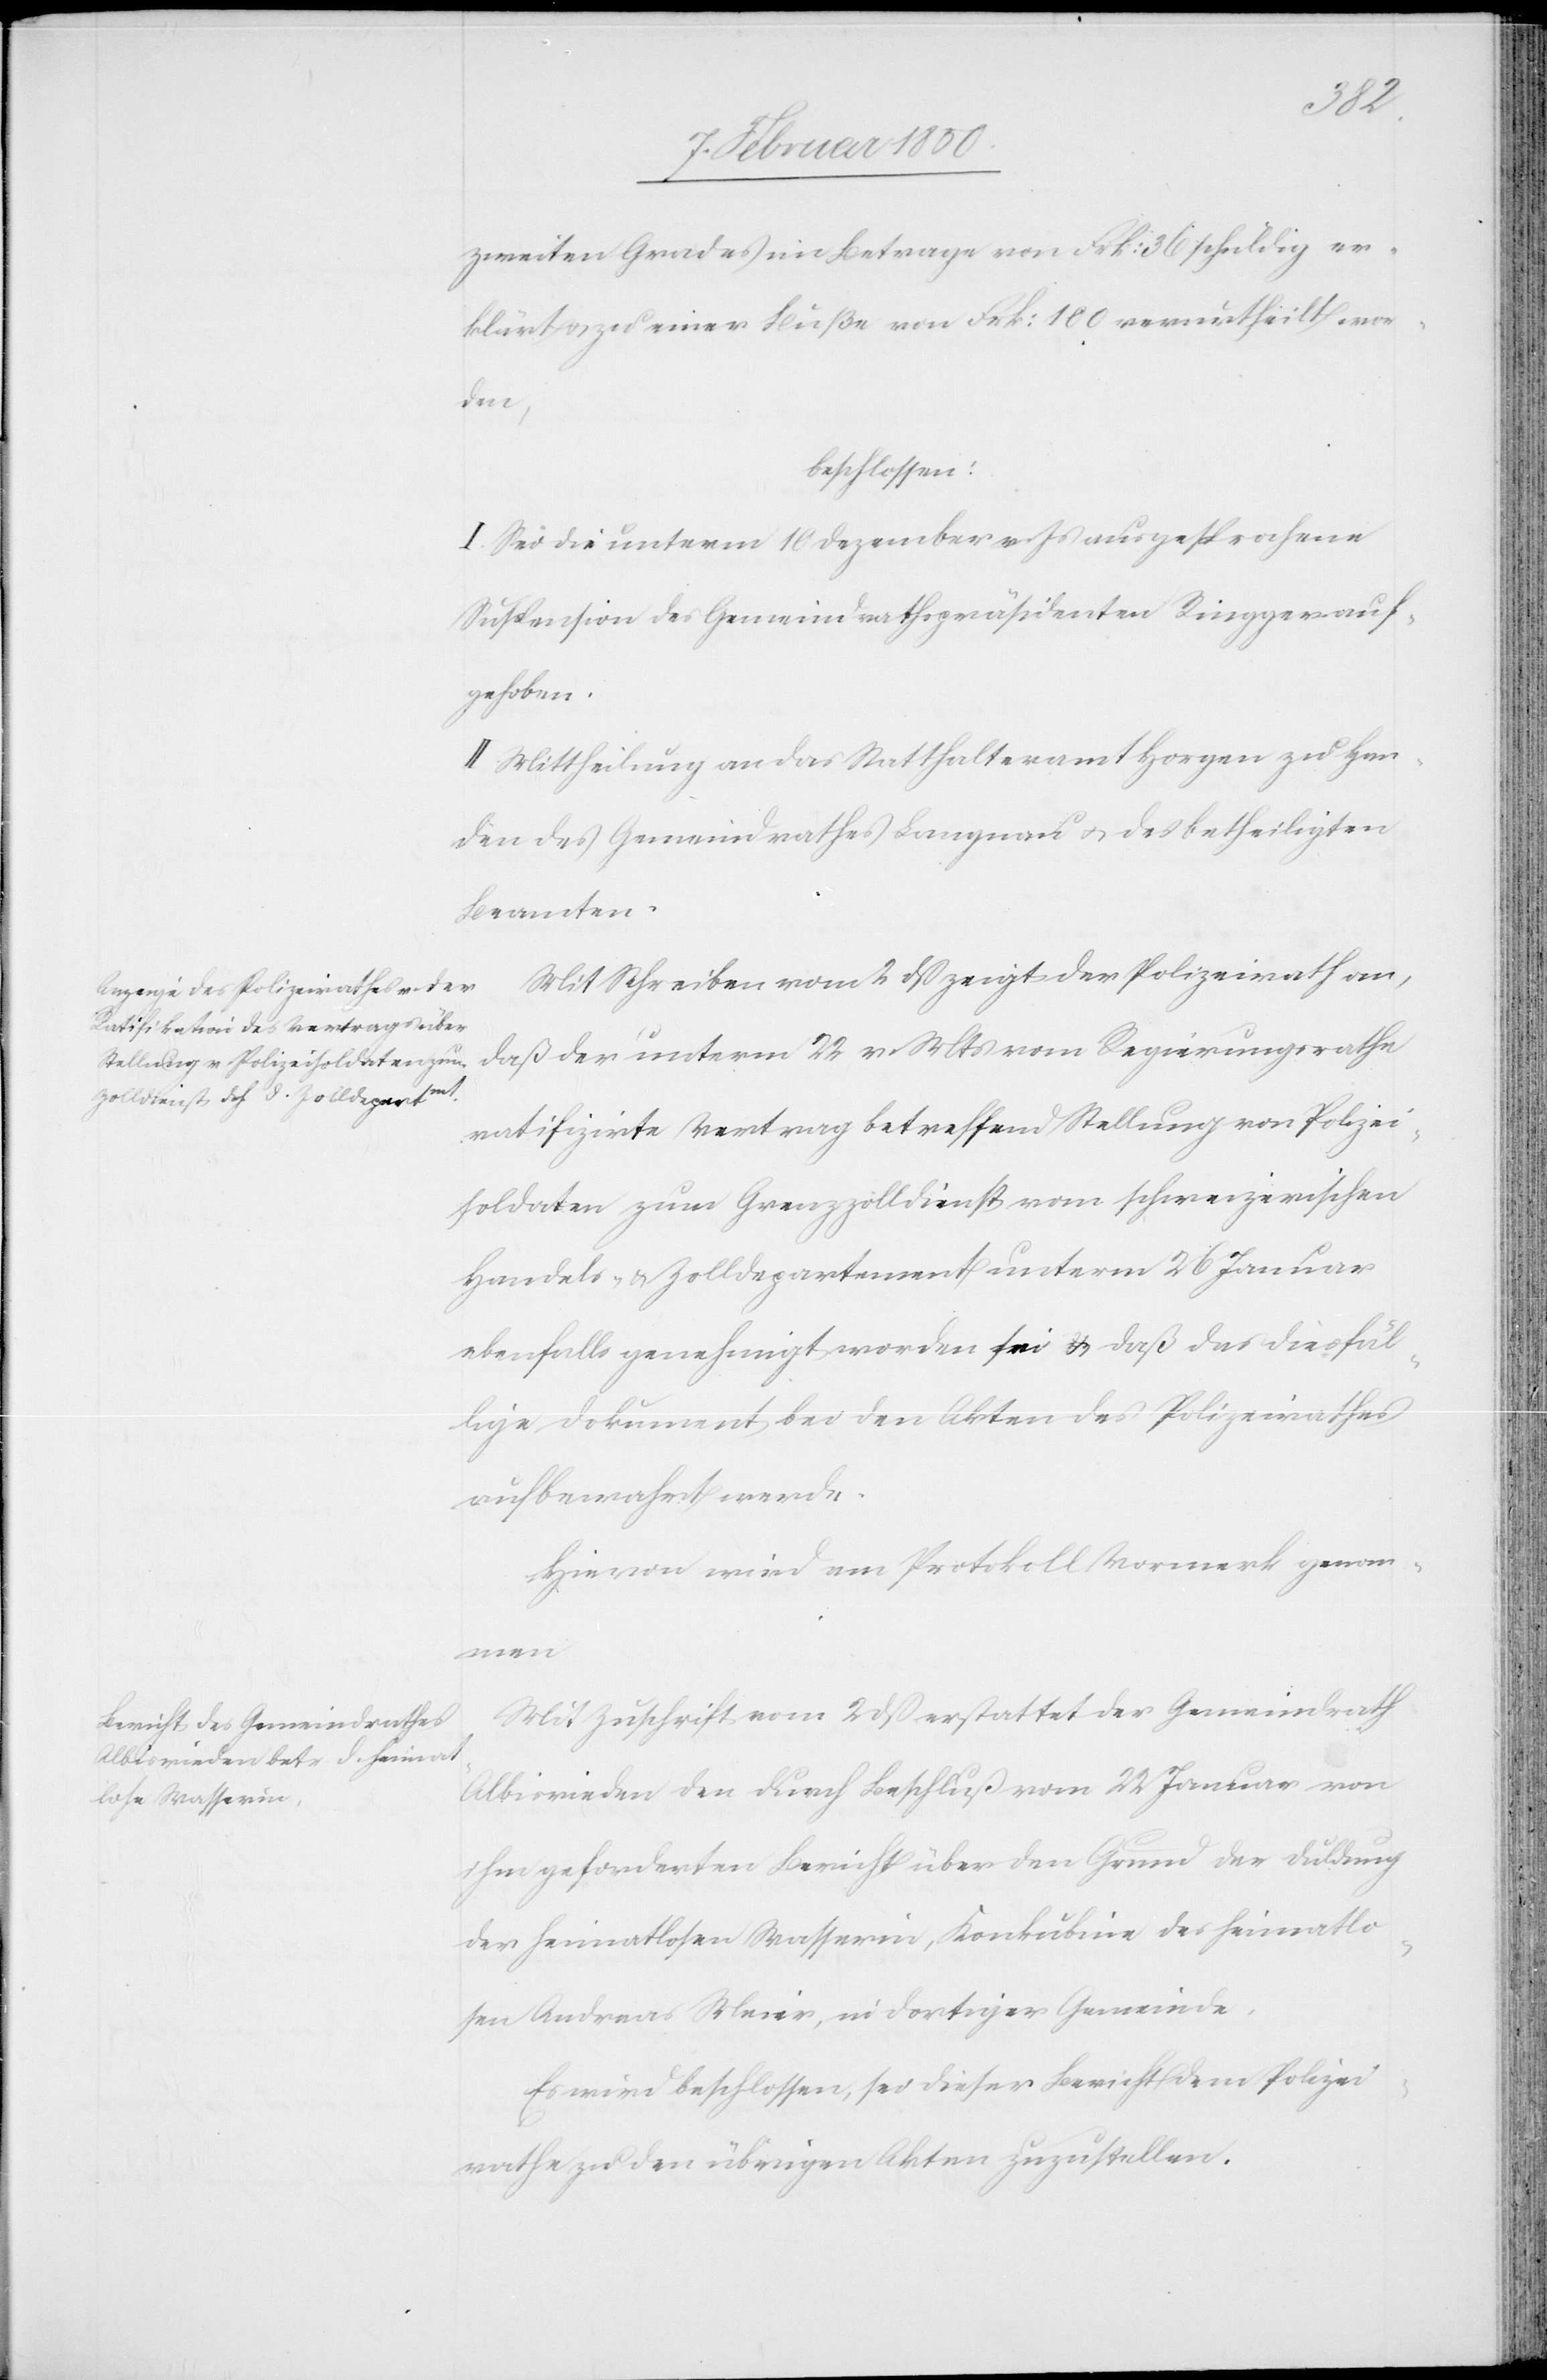
zweiten Grades im Betrage von Frk: 36 schuldig er¬
klärt u. zu einer Buße von Frk: 100 verurtheilt wor¬
den,
beschlossen:
I. Sei die unterm 10 Dezember v. Js ausgesprochene
Suspension des Gemeindrathspräsidenten Ringger auf¬
gehoben.
II. Mittheilung an das Statthalteramt Horgen zu Han¬
den des Gemeindrathes Langnau u. des betheiligten
Beamten.
Mit Schreiben vom 2 dß zeigt der Polizeirath an,
daß der unterm 22 v. Mts vom Regierungsrathe
ratifizirte Vertrag betreffend Stellung von Polizei¬
soldaten zum Grenzzolldienst vom schweizerischen
Handels- u. Zolldepartement unterm 26 Januar
ebenfalls genehmigt worden sei u. daß das diesfäl¬
lige Dokument bei den Akten des Polizeirathes
aufbewahrt werde.
Hievon wird am Protokoll Vormerk genom¬
men.
Mit Zuschrift vom 2 dß erstattet der Gemeindrath
Albisrieden den durch Beschluß vom 22 Januar von
ihm geforderten Bericht über den Grund der Duldung
der heimatlosen Wasserin, Konkubine des heimatlo¬
sen Andreas Meier, in dortiger Gemeinde.
Es wird beschlossen, sei dieser Bericht dem Polizei¬
rathe zu den übrigen Akten zuzustellen.